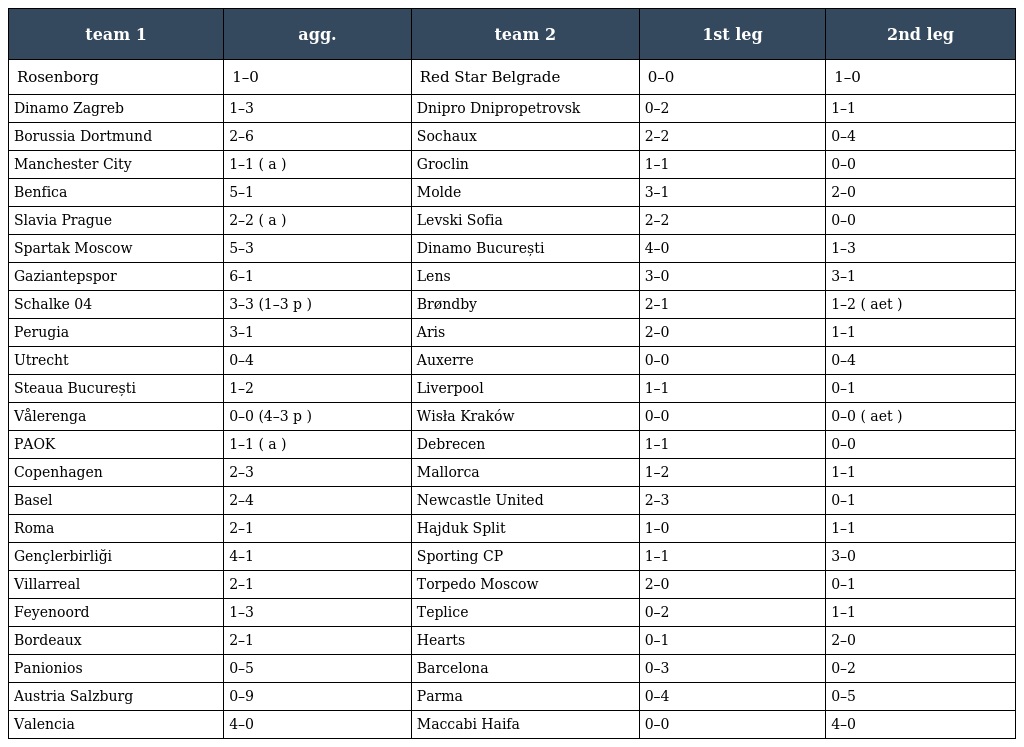
| team 1 | agg. | team 2 | 1st leg | 2nd leg |
 | --- | --- | --- | --- | --- |
 | Rosenborg | 1–0 | Red Star Belgrade | 0–0 | 1–0 |
 | Dinamo Zagreb | 1–3 | Dnipro Dnipropetrovsk | 0–2 | 1–1 |
 | Borussia Dortmund | 2–6 | Sochaux | 2–2 | 0–4 |
 | Manchester City | 1–1 ( a ) | Groclin | 1–1 | 0–0 |
 | Benfica | 5–1 | Molde | 3–1 | 2–0 |
 | Slavia Prague | 2–2 ( a ) | Levski Sofia | 2–2 | 0–0 |
 | Spartak Moscow | 5–3 | Dinamo București | 4–0 | 1–3 |
 | Gaziantepspor | 6–1 | Lens | 3–0 | 3–1 |
 | Schalke 04 | 3–3 (1–3 p ) | Brøndby | 2–1 | 1–2 ( aet ) |
 | Perugia | 3–1 | Aris | 2–0 | 1–1 |
 | Utrecht | 0–4 | Auxerre | 0–0 | 0–4 |
 | Steaua București | 1–2 | Liverpool | 1–1 | 0–1 |
 | Vålerenga | 0–0 (4–3 p ) | Wisła Kraków | 0–0 | 0–0 ( aet ) |
 | PAOK | 1–1 ( a ) | Debrecen | 1–1 | 0–0 |
 | Copenhagen | 2–3 | Mallorca | 1–2 | 1–1 |
 | Basel | 2–4 | Newcastle United | 2–3 | 0–1 |
 | Roma | 2–1 | Hajduk Split | 1–0 | 1–1 |
 | Gençlerbirliği | 4–1 | Sporting CP | 1–1 | 3–0 |
 | Villarreal | 2–1 | Torpedo Moscow | 2–0 | 0–1 |
 | Feyenoord | 1–3 | Teplice | 0–2 | 1–1 |
 | Bordeaux | 2–1 | Hearts | 0–1 | 2–0 |
 | Panionios | 0–5 | Barcelona | 0–3 | 0–2 |
 | Austria Salzburg | 0–9 | Parma | 0–4 | 0–5 |
 | Valencia | 4–0 | Maccabi Haifa | 0–0 | 4–0 |